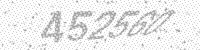
Solution: 452560